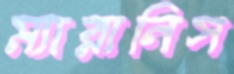
ম্যারানিস